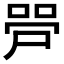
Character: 𫪠